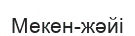
Мекен-жәйі